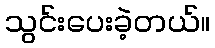
သွင်းပေးခဲ့တယ်။